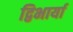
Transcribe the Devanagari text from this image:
द्विभार्या